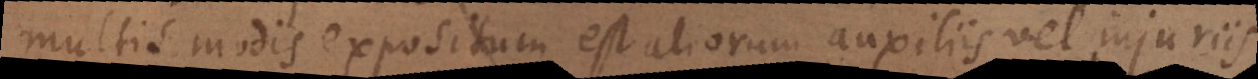
multis modis expositum est aliorum auxiliis vel injuriis